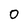
Character: 0